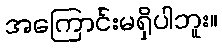
အကြောင်းမရှိပါဘူး။